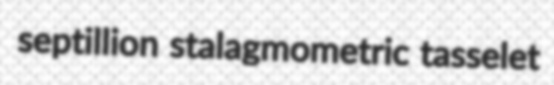
septillion stalagmometric tasselet